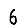
Digit: 6